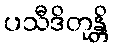
ပသီဒိတုန္တိ